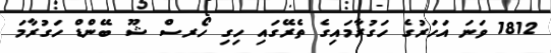
1812 ވަނަ އަހަރުގެ ހަގުރާމައިގެ ތެރޭގައި ހިގި ހޯރސް ޝޫ ބޭންޑް ހަގުރާމަ